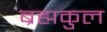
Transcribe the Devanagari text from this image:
ब्रह्मकुल